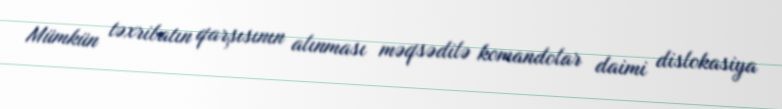
Mümkün təxribatın qarşısının alınması məqsədilə komandolar daimi dislokasiya